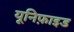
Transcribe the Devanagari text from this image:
यूनिफ़ाइड